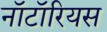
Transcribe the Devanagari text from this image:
नॉटॉरियस